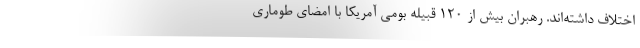
اختلاف داشته‌اند. رهبران بیش از ۱۲۰ قبیله بومی آمریکا با امضای طوماری